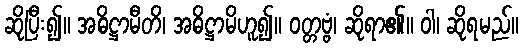
ဆိုပြီး၍။ အဓိဋ္ဌာမီတိ၊ အဓိဋ္ဌာမိဟူ၍။ ဝတ္တဗ္ဗံ၊ ဆိုရာ၏။ ဝါ၊ ဆိုရမည်။